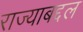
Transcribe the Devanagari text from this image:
राज्याबद्दल